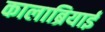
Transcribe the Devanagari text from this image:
कालाब्रियाई